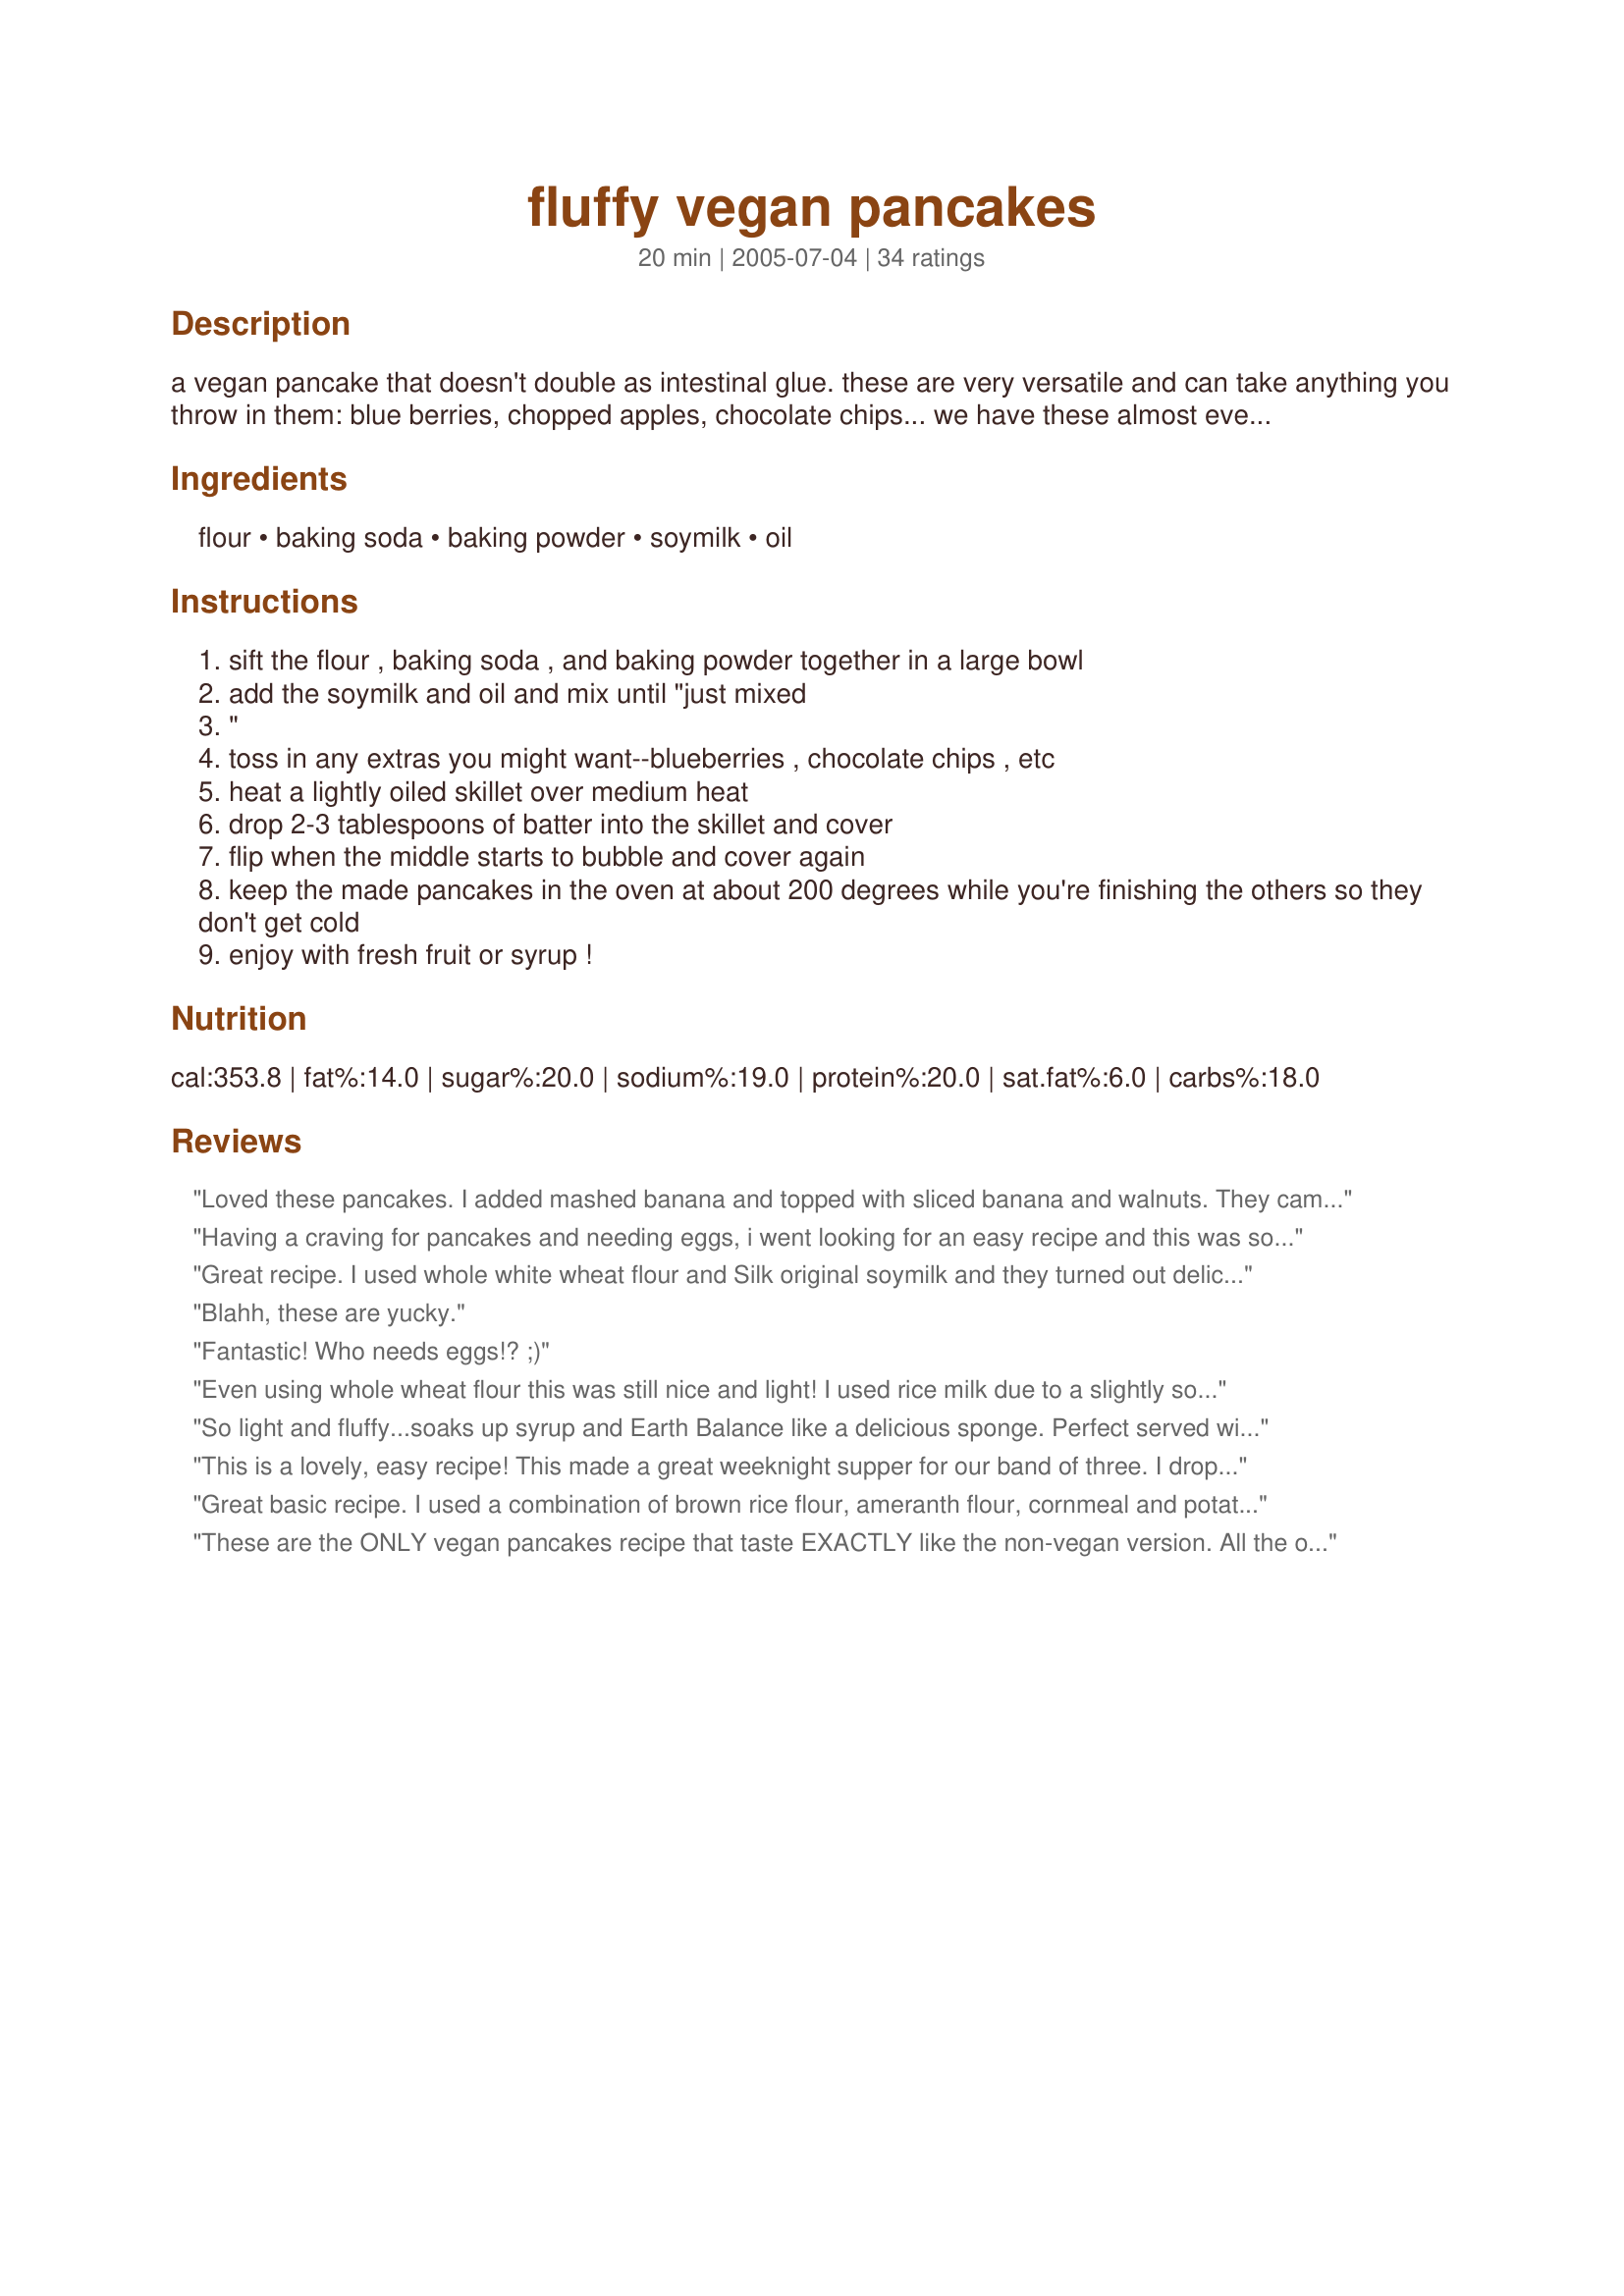
fluffy vegan pancakes
Preparation time: 20 minutes

a vegan pancake that doesn't double as intestinal glue. these are very versatile and can take anything you throw in them: blue berries, chopped apples, chocolate chips... we have these almost every weekend and they're heaven!

Ingredients:
flour, baking soda, baking powder, soymilk, oil

Steps:
sift the flour , baking soda , and baking powder together in a large bowl
add the soymilk and oil and mix until "just mixed
"
toss in any extras you might want--blueberries , chocolate chips , etc
heat a lightly oiled skillet over medium heat
drop 2-3 tablespoons of batter into the skillet and cover
flip when the middle starts to bubble and cover again
keep the made pancakes in the oven at about 200 degrees while you're finishing the others so they don't get cold
enjoy with fresh fruit or syrup !

Reviews:
Loved these pancakes. I added mashed banana and topped with sliced banana and walnuts. They came out very light and tasty!
Having a craving for pancakes and needing eggs, i went looking for an easy recipe and this was so simple! I'm not vegan, but i halved the mixture and added 1 1/2 tablespoons of sugar and they tasted great! Nice and fluffy.
Great recipe. I used whole white wheat flour and Silk original soymilk and they turned out delicious. Thanks!
Blahh, these are yucky.
Fantastic! Who needs eggs!? ;)
Even using whole wheat flour this was still nice and light! I used rice milk due to a slightly soy allergy and still came out tasty!
So light and fluffy...soaks up syrup and Earth Balance like a delicious sponge. Perfect served with tofu scrambles. I added crushed pineapple to mine and used Vanilla Silk.
This is a lovely, easy recipe! This made a great weeknight supper for our band of three. I dropped walnuts and/or chocolate chips on top of the pancakes right before I turned them, and they were hearty enough to eat by themselves! Thank you so much!
Great basic recipe. I used a combination of brown rice flour, ameranth flour, cornmeal and potato flour (the last three in smaller quantities than the rice flour), and rice milk instead of soy. It worked great, as an allergen-free option for our family!
These are the ONLY vegan pancakes recipe that taste EXACTLY like the non-vegan version. All the others you can tell something is different. Don't waste your time with the others.

You can just add whatever fruit you like to this mix.
Great recipe- easy and successful. Yummy, yummy pancakes! Nice plain with sunflower spread or little bit of lemon juice. Very fluffy too. Well worth a go!
Finally vegan pancakes that are not too heavy or mushy on the inside. They are very good plain but can easily make additions to them. Fluffy just like it says, I added sugar and a little vanilla extract like I usually do with pancakes. I think it may need a little salt...otherwise excellent.
I used half whole wheat flower and added 1/2 cup pumpkin and pumpkin pie spice and it was delicious! Kids loved them, too. Had a bit of strange flavor from baking soda, but not sure how to avoid that other than covering it up with syrup.
I actually used some soygurt and water in place of a lot of the soy milk. I expected them not to be sweet enough, but with blueberries and black walnuts they were great.
I cheated and used 1% milk and butter, added 1/2 tsp Vanilla extract and a pinch of salt. Even the first ones off the griddle came out great!!
YUCK! Don't be fooled by the pic! These tasted and looked disgusting, even with the huge load of cinammon and chocolate chips that I dumped in after the first batch of failures!
I make it gluten free by subbing 1 C brown rice flour and 1C garbanzo flour. It also helps to add a pinch of salt. The rest of my family likes it just as much as the flour version; my son even said it's better. (At least I think garbanzo flour is gluten free. It doesn't bother me, so I think it is.)
missing a lot of key pancake ingredients- are very dense and have no flavor.
I love these... substituted whole wheat flour and almond milk, added vanilla, agave nectar, raspberries, and a pinch of salt. It was the first snow and my first attempt at vegan pancakes... what a great day!
I don't know what I did wrong, but mine were terrible :( They were really thick and dense and I had a drown it in golden syrup. Even then i chucked it in the bin. They looked good tho, and I followed the recipe.
Made a half recipe of this wih WW flour -- very quick and easy! I added ground cinnamon and ginger for a gingerbread-like flavor. These were perfect with syrup, but since I like my pancakes with less syrup (but still sweet), I will probably add a sweetener to the batter next time. Thanks!
I finally found a vegan recipe to subdue my fluffy pancake craving! And they were delicious. I'd definitely add some maple syrup or sugar to the batter though.
Great basic pancake that you can easily experiment with or just leave plain. My favourite thing to add is blueberries and then garnish with powdered sugar.
I used this as a base recipe, adding a little sugar, vanilla extract and a few drops of orange oil. I also used half whole wheat flour and half regular. oh and a handful of blueberries and blackberries. these were the best pancakes I have ever made!
This batter was excellent. Not to thick, not too thin just right.
fluffy and delicious. In light of the holidays I added 1/4 c of vegan egg nog which made the batter more manageable.
This is a fantastic basic pancake recipe. I added the juice of half a lemon to the soymilk and let it sit for a few minutes to make "buttermilk" pancakes. Thanks for posting this!
Very basic pancake base, that's the way it should be! Really , really good too! THANKS!!!
i recommend spreading batter flat in pan so middle will cook. i substituted whole wheat flour and almond milk. i also added cinnamon, pecans, strawberries, and blueberries to the batter. these would have been better if i had not run out of syrup 1/2 way thru the first one! topped w/ vegan butter they kinda taste like soft pretzels....
Very yummy, but I will add a sweetner next time. Thanks!
I used ww flour and rice milk.
Looking forward to trying this- the vegan pancakes here at school are like rubber cement.
A vey good basic pancake. That said I added a little bit of honey and vanilla extract for flavour. Nice and fluffy without the egg.
I though this was a great basic recipe! I added a smidge of honey, sunflower seeds, oats and raisins and we called them granola pancakes. Very nice and fluffy!!
Great vegan pancakes! Easy to make, and delicious to eat. I added sliced bananas and vanilla soy milk, the combination was very tasty.
